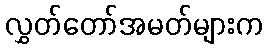
လွှတ်တော်အမတ်များက